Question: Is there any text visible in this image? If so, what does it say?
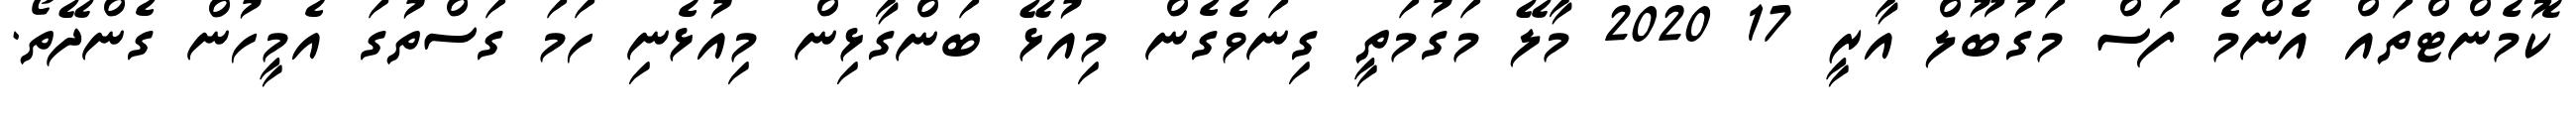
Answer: ކޮމެންޓްތައް އެންމެ ފަސް މަގުބޫލް އާރީ 17 2020 މާލޭ މަގުމަތީ ގިނަވެގެން މިއުޅޭ ބަންގާޅިން މިއުޅެނި ހަމަ ގަސްތުގަ އެމީހުން ގެންދޭތޯ.